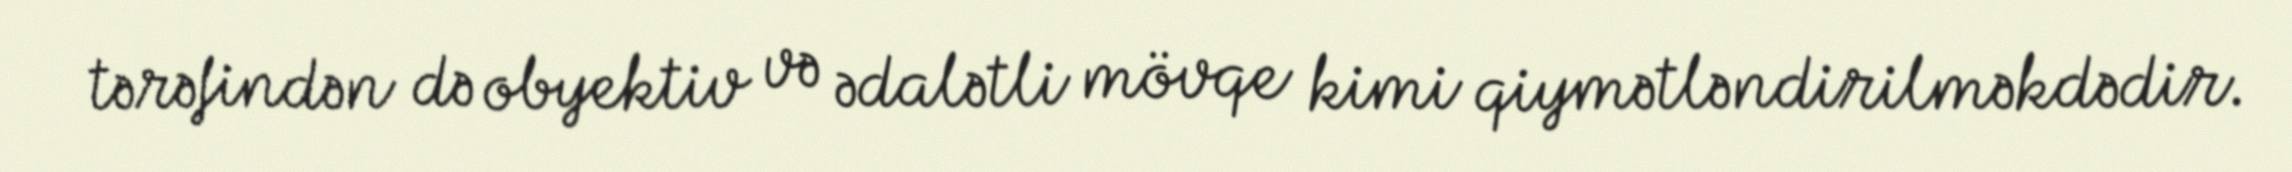
tərəfindən də obyektiv və ədalətli mövqe kimi qiymətləndirilməkdədir.